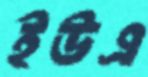
ইউএ